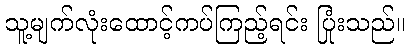
သူ့မျက်လုံးထောင့်ကပ်ကြည့်ရင်း ပြုံးသည်။